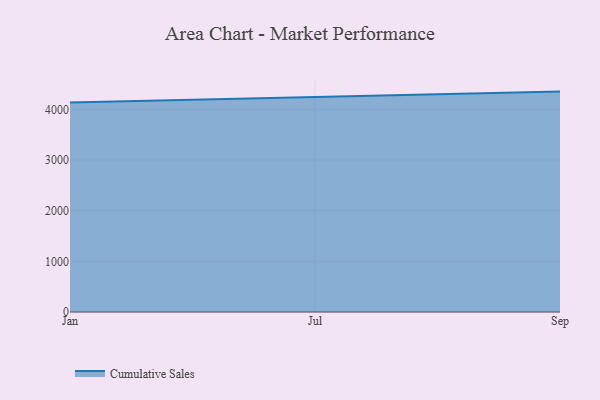
{"axis": {"x": "Month", "y": "Budget (USD K)"}, "legend": ["Cumulative Sales"], "data": [{"x": "Jan", "y": 4137.2, "type": "Cumulative Sales"}, {"x": "Jul", "y": 4244.7, "type": "Cumulative Sales"}, {"x": "Sep", "y": 4350.2, "type": "Cumulative Sales"}]}